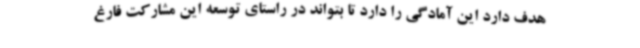
هدف دارد این آمادگی را دارد تا بتواند در راستای توسعه این مشارکت فارغ